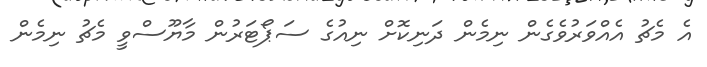
އެ މެޗު އެއްވަރުވެގެން ނިމެން ދަނިކޮށް ނިއުގެ ސަޕޯޓަރުން މާޔޫސްވީ މެޗު ނިމެން